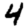
Digit: 4